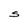
Character: S